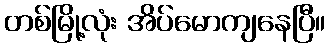
တစ်မြို့လုံး အိပ်မောကျနေပြီ။